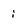
Character: i